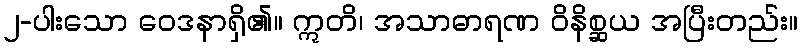
၂-ပါးသော ဝေဒနာရှိ၏။ ဣတိ၊ အသာဓာရဏ ဝိနိစ္ဆယ အပြီးတည်း။